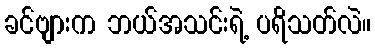
ခင်ဗျားက ဘယ်အသင်းရဲ့ ပရိသတ်လဲ။